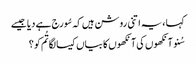
کہا ، یہ اتنی روشن ہیں کہ سُورج ہے دیا جیسے
سُنو آنکھوں کی آنکھوں کا بیاں کیسا لگا تُم کو ؟